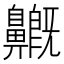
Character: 𪖺